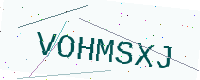
Text: VOHMSXJ